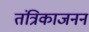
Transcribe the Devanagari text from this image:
तंत्रिकाजनन